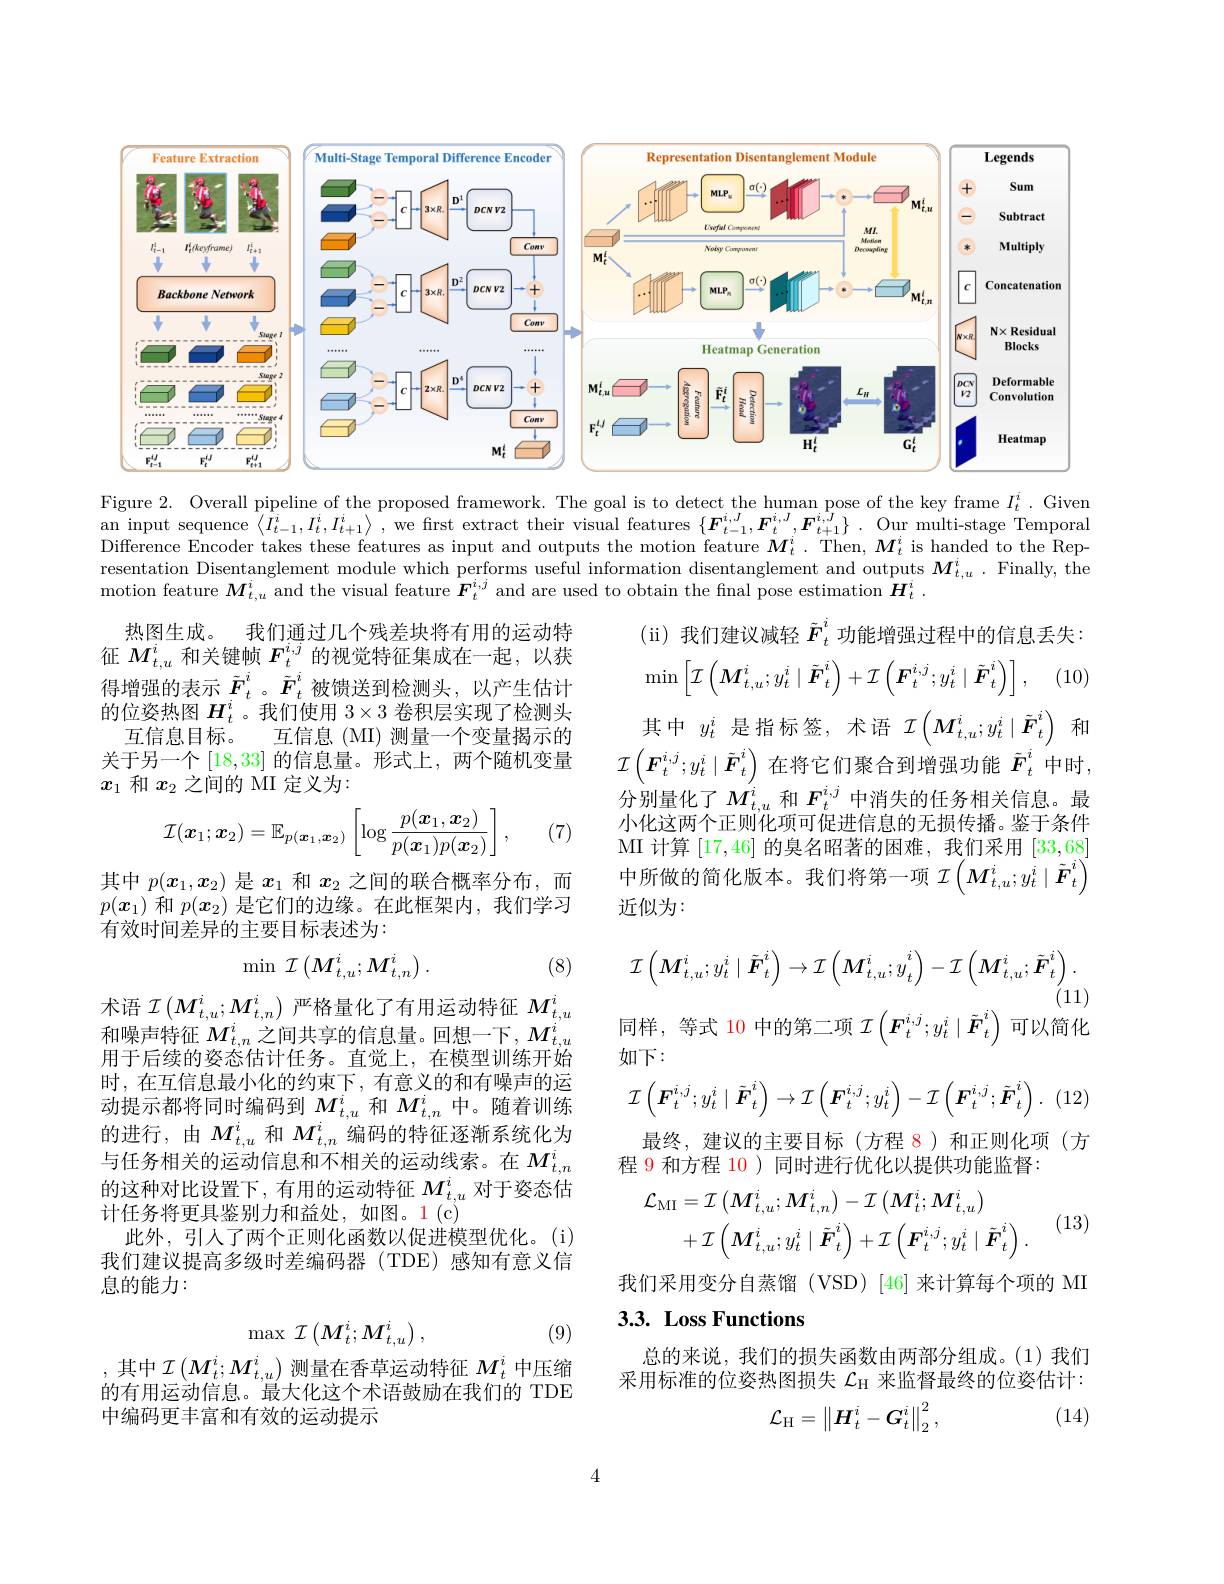
<FigureHere>

Figure 2. Overall pipeline of the proposed framework. The goal is to detect the human pose of the key frame $I_t^i.$ Given an input sequence $\left\langle I_{t-1}^{i},I_{t}^{i},I_{t+1}^{i}\right\rangle$, we first extract their visual features $\left\{\boldsymbol F_{t-1}^{i,J},\boldsymbol{F}_{t+1}^{i,J},\boldsymbol{F}_{t+1}^{i,J}\right\}.$ Our multi-stage Temporal Difference Encoder takes these features as input and outputs the motion feature $\boldsymbol{M}_t^i.$ Then, $\boldsymbol{M}_t^i$ is handed to the Representation Disentanglement module which performs useful information disentanglement and outputs $M_{t,u}^i.$ Finally, the motion feature $M_{t,u}^i$ and the visual feature $F_t^{i,j}$ and are used to obtain the fnal pose estimation $H_t^i.$

(ii)我们建议减轻$\tilde{F}_t^i$功能增强过程中的信息丢失

(10)
$$\min\left[\mathcal{I}\left(M_{t,u}^i;y_t^i\mid\tilde{\boldsymbol{F}}_t^i\right)+\mathcal{I}\left(\boldsymbol{F}_t^{i,j};y_t^i\mid\tilde{\boldsymbol{F}}_t^i\right)\right],$$
热图生成。我们通过几个残差块将有用的运动特征$M_{t,u}^i$和关键帧$F_t^{i,j}$的视觉特征集成在一起，以获得增强的表示$\tilde{F}_t^i$。$\tilde{F}_t^i$被馈送到检测头，以产生估计的位姿热图$H_t^i$ 。我们使用$3\times3$卷积层实现了检测头
互信息目标。互信息(MI)测量一个变量揭示的关于另一个[18,33]的信息量。形式上，两个随机变量$x_1$和$x_2$之间的 MI 定义为：

其中$y_t^i$是指标签，术语$\mathcal{I}\left(M_t,u^i;y_t^i\mid\tilde{\boldsymbol{F}}_t^i\right)$和

$\mathcal{I}\left(\boldsymbol{F}_{t}^{i,j};y_{t}^{i}\mid\tilde{\boldsymbol{F}}_{t}^{i}\right)$在将它们聚合到增强功能$\tilde{\boldsymbol{F}}_{t}^{i}$中时， 分别量化了$M_{t,u}^i$和$F_t^{i,j}$中消失的任务相关信息。最小化这两个正则化项可促进信息的无损传播。鉴于条件MI 计算[17,46]的臭名昭著的困难，我们采用[33,68] 中所做的简化版本。我们将第一项$\mathcal{I}\left(M_{t,u}^{i};y_{t}^{i}\mid\tilde{\boldsymbol{F}}_{t}^{i}\right)$ 近似为：
$$\mathcal{I}(\boldsymbol{x}_1;\boldsymbol{x}_2)=\mathbb{E}_{p(\boldsymbol{x}_1,\boldsymbol{x}_2)}\left[\log\frac{p(\boldsymbol{x}_1,\boldsymbol{x}_2)}{p(\boldsymbol{x}_1)p(\boldsymbol{x}_2)}\right],$$
(7)

其中$p(x_1,x_2)$是$x_1$和$x_2$之间的联合概率分布，而$p(\boldsymbol{x}_1)$和$p(\boldsymbol{x}_2)$是它们的边缘。在此框架内，我们学习有效时间差异的主要目标表述为：

(8)
$$\min\:\mathcal{I}\left(M_{t,u}^{i};M_{t,n}^{i}\right).$$
$$\mathcal{I}\left(\boldsymbol{M}_{t,u}^{i};y_{t}^{i}\mid\tilde{\boldsymbol{F}}_{t}^{i}\right)\to\mathcal{I}\left(\boldsymbol{M}_{t,u}^{i};y_{t}^{i}\right)-\mathcal{I}\left(\boldsymbol{M}_{t,u}^{i};\tilde{\boldsymbol{F}}_{t}^{i}\right).$$
(11)

同样，等式 10 中的第二项$\mathcal{I}\left(\boldsymbol{F}_t^{i,j};y_t^i\mid\tilde{\boldsymbol{F}}_t^i\right)$可以简化

如下：
$$\mathcal{I}\left(\boldsymbol{F}_t^{i,j};y_t^i\mid\tilde{\boldsymbol{F}}_t^i\right)\to\mathcal{I}\left(\boldsymbol{F}_t^{i,j};y_t^i\right)-\mathcal{I}\left(\boldsymbol{F}_t^{i,j};\tilde{\boldsymbol{F}}_t^i\right).$$
$\cdot$ (12

最终，建议的主要目标(方程 8)和正则化项(方

术语$\mathcal{I}\left(M_{t,u}^i;M_{t,n}^i\right)$严格量化了有用运动特征$M_t,u^i$ 和噪声特征$M_{t,n}^i$之间共享的信息量。回想一下，$M_t,u$ 用于后续的姿态估计任务。直觉上，在模型训练开始时，在互信息最小化的约束下，有意义的和有噪声的运动提示都将同时编码到$M_{t,u}^i$和$M_{t,n}^i$中。随着训练的进行，由$M_{t,u}^i$和$M_{t,n}^i$编码的特征逐渐系统化为与任务相关的运动信息和不相关的运动线索。在$M_t,n^i$ 的这种对比设置下，有用的运动特征$M_{t,u}^i$对于姿态估计任务将更具鉴别力和益处，如图。1(c)
此外，引人了两个正则化函数以促进模型优化。(i) 我们建议提高多级时差编码器(TDE)感知有意义信息的能力：

程 9 和方程 10 )同时进行优化以提供功能监督：

(13)
$$\begin{aligned}\mathcal{L}_{\mathrm{MI}}&=\mathcal{I}\left(M_{t,u}^{i};M_{t,n}^{i}\right)-\mathcal{I}\left(M_{t}^{i};M_{t,u}^{i}\right)\\&+\mathcal{I}\left(\boldsymbol{M}_{t,u}^{i};y_{t}^{i}\mid\tilde{\boldsymbol{F}}_{t}^{i}\right)+\mathcal{I}\left(\boldsymbol{F}_{t}^{i,j};y_{t}^{i}\mid\tilde{\boldsymbol{F}}_{t}^{i}\right).\end{aligned}$$
我们采用变分自蒸馏(VSD)[46]来计算每个项的 MI

## 3.3. Loss Functions
$$\max\:\mathcal{I}\left(M_t^i;M_{t,u}^i\right),$$
(9)

总的来说，我们的损失函数由两部分组成。(1)我们采用标准的位姿热图损失$\mathcal{L}_\mathrm{H}$来监督最终的位姿估计：

,其中$\mathcal{I}\left(M_t^i;M_{t,u}^i\right)$测量在香草运动特征$M_t^i$ 中压缩的有用运动信息。最大化这个术语鼓励在我们的 TDE 中编码更丰富和有效的运动提示
$$\mathcal{L}_\mathrm{H}=\left\|H_t^i-G_t^i\right\|_2^2,$$
(14)